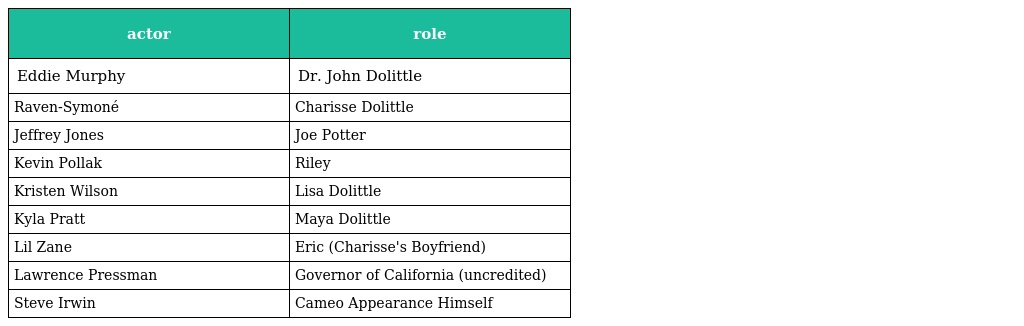
| actor | role |
 | --- | --- |
 | Eddie Murphy | Dr. John Dolittle |
 | Raven-Symoné | Charisse Dolittle |
 | Jeffrey Jones | Joe Potter |
 | Kevin Pollak | Riley |
 | Kristen Wilson | Lisa Dolittle |
 | Kyla Pratt | Maya Dolittle |
 | Lil Zane | Eric (Charisse's Boyfriend) |
 | Lawrence Pressman | Governor of California (uncredited) |
 | Steve Irwin | Cameo Appearance Himself |